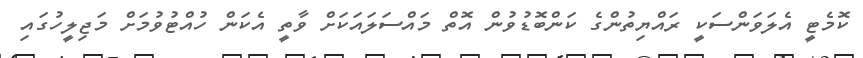
ކޮމެޓީ އެލަވަންސަކީ ރައްޔިތުންގެ ކަންބޮޑުވުން އޮތް މައްސަލައަކަށް ވާތީ އެކަން ހުއްޓުވުމަށް މަޖިލީހުގައި